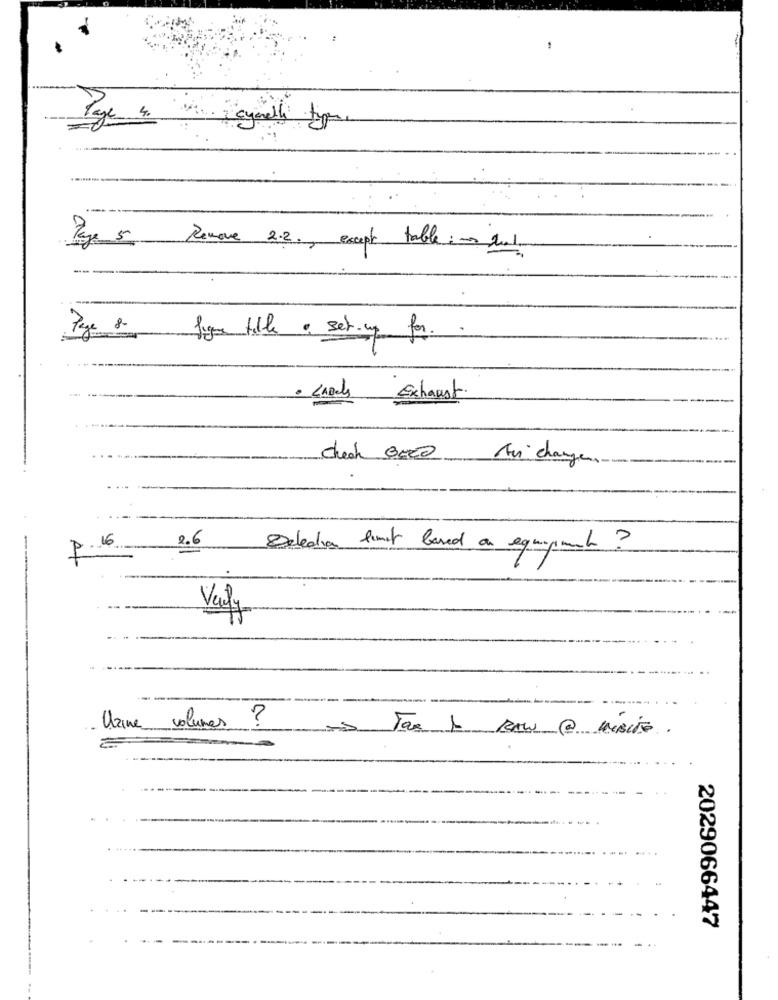
Page 5 Remove 2.2 ., except table :- hat
Page 8
lige tille a setup for. .
· LARes Exhaust.
check 0000 Av change
16
2.6
P.
Selection limit based on equipment ?
Valy
Urine volumes ?
2029066447